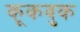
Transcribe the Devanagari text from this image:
कूकबुक